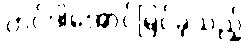
တင်ဒါအောင်မြင်ခဲ့သည့်